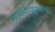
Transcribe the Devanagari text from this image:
समदिव्यगुणैरुपेत।